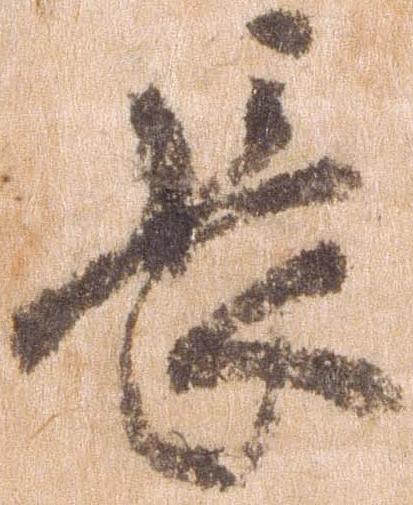
長